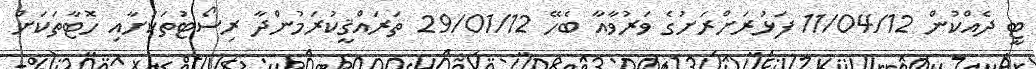
ޓީ ދެއްކުން 11/04/12 ފަޅުރަށްރަށުގެ ވަރުވާއާ ބެހޭ 29/01/12 ތަރައްޤީކުރަމުންދާ ރިސޯޓުތަކަށާއި ހޮޓާތަކަށް